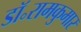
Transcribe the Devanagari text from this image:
डॉ॰रामकुमार